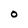
Character: 0